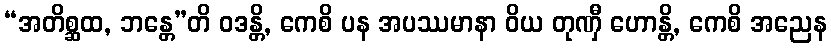
“အတိစ္ဆထ, ဘန္တေ”တိ ဝဒန္တိ, ကေစိ ပန အပဿမာနာ ဝိယ တုဏှီ ဟောန္တိ, ကေစိ အညေန